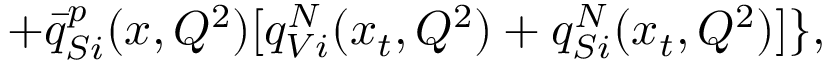
+ { \bar { q } } _ { S i } ^ { p } ( x , Q ^ { 2 } ) [ q _ { V i } ^ { N } ( x _ { t } , Q ^ { 2 } ) + q _ { S i } ^ { N } ( x _ { t } , Q ^ { 2 } ) ] \} ,